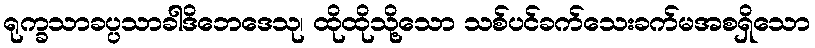
ရုက္ခသာခပ္ပသာခါဒိဘေဒေသု၊ ထိုထိုသို့သော သစ်ပင်ခက်သေးခက်မအစရှိသော